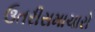
ઉતરીસમાચારો